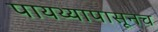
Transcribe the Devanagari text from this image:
पायथ्यापासूनच